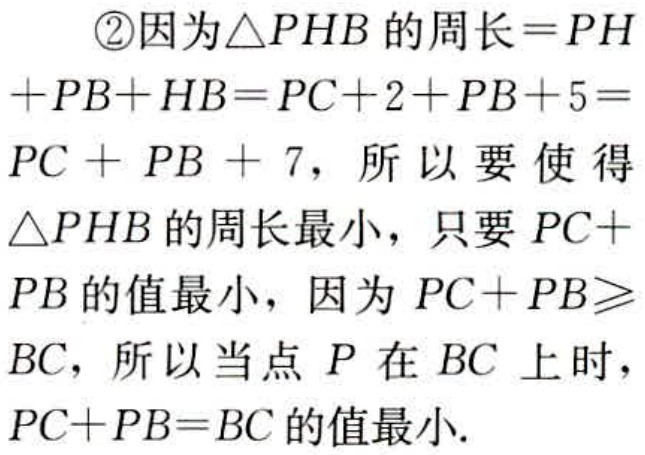
\textcircled{2}因为\(\triangle PHB\)的周长\(=PH + PB + HB=PC + 2+PB + 5=PC + PB + 7\)，所以要使得\(\triangle PHB\)的周长最小，只要\(PC + PB\)的值最小，因为\(PC + PB\geqslant BC\)，所以当点\(P\)在\(BC\)上时，\(PC + PB = BC\)的值最小.